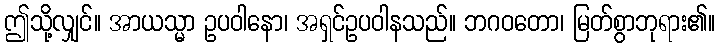
ဤသို့လျှင်။ အာယသ္မာ ဥပဝါနော၊ အရှင်ဥပဝါနသည်။ ဘဂဝတော၊ မြတ်စွာဘုရား၏။